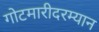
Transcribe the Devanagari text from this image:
गोटमारीदरम्यान